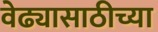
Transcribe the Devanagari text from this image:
वेढ्यासाठीच्या